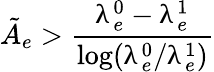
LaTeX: \tilde{A}_{e}>\frac{\uplambda_{e}^{0}-\uplambda_{e}^{1}}{\log(\uplambda_{e}^{0}/\uplambda_{e}^{1})}